Lunatic asylums Punjab 1881-1894 - 1881-1894
Year: 1881
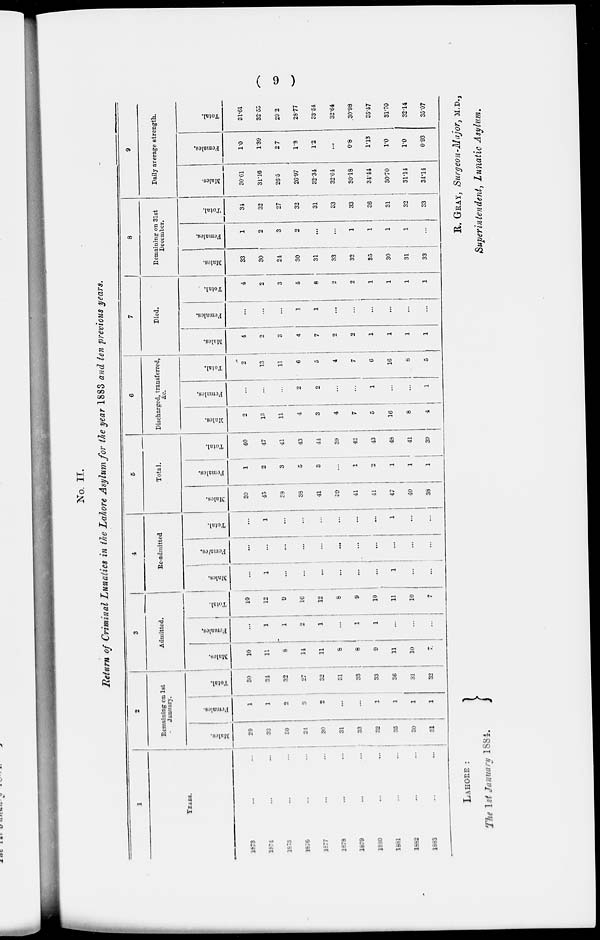
( 9 )
No. II.
Return of Criminal Lunatics in the Lahore Asylum for the year 1883 and ten previous years.
1
YEARS.
1873
... ...
1874 ... ...
1875
...
...
1876 ... ...
1877
...
...
1878 ... ...
1879
...
...
1880 ... ...
1881
...
...
1882 ... ...
1883
...
...
2
Remaining on 1st
January.
Males.
29
33
30
24
30
31
33
32
35
30
31
Females.
1
1
2
3
2
...
...
1
1
1
1
Total.
30
34
32
27
32
31
33
33
36
31
32
3
Admitted.
Males.
10
11
8
14
11
8
8
9
11
10
7
Females,
...
1
1
2
1
...
1
1
...
...
...
Total.
10
12
9
16
12
8
9
10
11
10
7
4
Re-admitted
Males.
...
1
...
...
...
...
...
...
1
...
...
Females.
...
...
...
...
...
...
...
...
...
...
...
Total.
...
1
...
...
...
...
...
...
1
...
...
5
Total.
Males.
39
45
38
38
41
39
41
41
47
40
38
Females.
1
2
3
5
3
...
1
2
1
1
1
Total.
40
47
41
43
44
39
42
43
48
41
39
6
Discharged, transferred,
&c.
Males.
2
13
11
4
3
4
7
5
16
8
4
Females.
...
...
...
2
2
...
...
1
...
...
1
Total.
2
13
11
6
5
4
7
6
16
8
5
7
Died.
Males.
4
2
3
4
7
2
2
1
1
1
1
Females.
...
...
...
1
1
...
...
...
...
...
...
Total.
4
2
3
5
8
2
2
1
1
1
1
8
Remaining on 31st
December.
Males.
33
30
24
30
31
33
32
35
30
31
33
Females.
1
2
3
2
...
...
1
1
1
1
...
Total.
34
32
27
32
31
33
33
36
31
32
33
9
Daily average strength.
Males.
30.61
31.16
26.5
26.97
32.34
32.64
30.18
34.44
30.70
31.14
34.14
Females.
1.0
1.39
2.7
1.8
1.2
...
0.8
1.13
1.0
1.0
0.93
Total.
31.61
32.55
29. 2
28.77
33.54
32.64
30.98
35.57
31.70
32.14
35.07
LAHORE :
The 1st January 1884.
R. GRAY, Surgeon-Major, M.D.,
Superintendent, Lunatic Asylum.